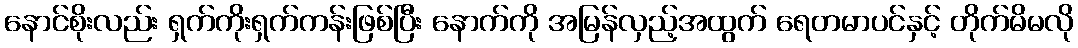
နောင်စိုးလည်း ရှက်ကိုးရှက်ကန်းဖြစ်ပြီး နောက်ကို အမြန်လှည့်အထွက် ရေတမာပင်နှင့် တိုက်မိမလို